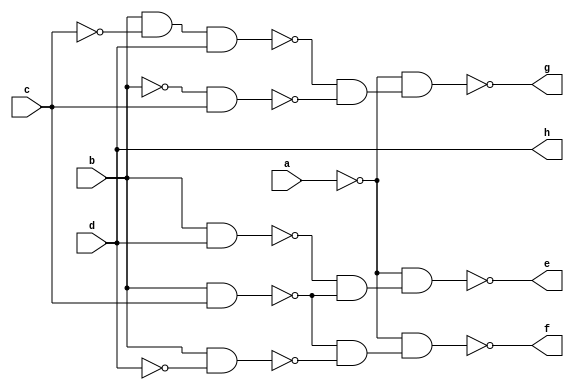
`timescale 1ns / 1ps


module conver(
    input a, b, c, d,
    output e, f, g, h
    );
    
    assign e = ~(~(a&a)&~(~(~(~(~(b&d)&~(b&d))&~(~(b&d)&~(b&d)))&~(~(~(b&c)&~(b&c))&~(~(b&c)&~(b&c))))&~(~(~(~(b&d)&~(b&d))&~(~(b&d)&~(b&d)))&~(~(~(b&c)&~(b&c))&~(~(b&c)&~(b&c))))));
    assign f = ~(~(a&a)&~(~(~(~(~(b&c)&~(b&c))&~(~(b&c)&~(b&c)))&~(~(~(b&~d)&~(b&~d))&~(~(b&~d)&~(b&~d))))&~(~(~(~(b&c)&~(b&c))&~(~(b&c)&~(b&c)))&~(~(~(b&~d)&~(b&~d))&~(~(b&~d)&~(b&~d))))));
    assign g = ~(~(a&a)&~(~(~(~(~(~(~(b&~c)&~(b&~c))&d)&~(~(~(b&~c)&~(b&~c))&d))&~(~(~(~(b&~c)&~(b&~c))&d)&~(~(~(b&~c)&~(b&~c))&d)))&~(~(~(~b&c)&~(~b&c))&~(~(~b&c)&~(~b&c))))&~(~(~(~(~(~(b&~c)&~(b&~c))&d)&~(~(~(b&~c)&~(b&~c))&d))&~(~(~(~(b&~c)&~(b&~c))&d)&~(~(~(b&~c)&~(b&~c))&d)))&~(~(~(~b&c)&~(~b&c))&~(~(~b&c)&~(~b&c))))));
    assign h = d;

    
endmodule